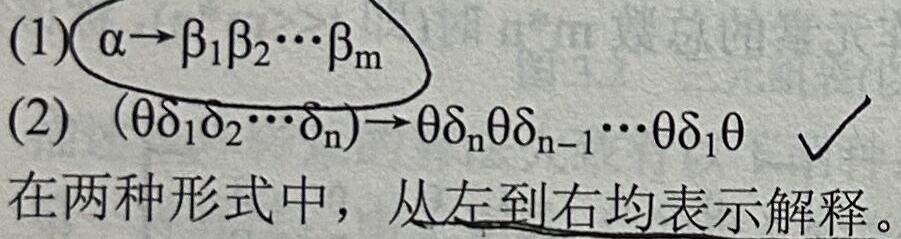
(1) $\alpha \to \beta_1\beta_2\cdots\beta_m$
(2) $(\theta\delta_1\delta_2\cdots\delta_n) \to \theta\delta_n\theta\delta_{n - 1}\cdots\theta\delta_1\theta$ √

在两种形式中，从左到右均表示解释。